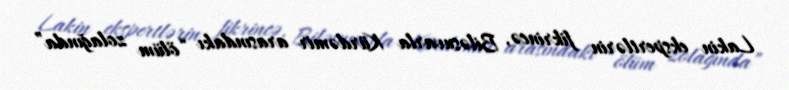
Lakin ekspertlərin fikrincə, Biləsuvarla Kürdəmir arasındakı “ölüm zolağında”